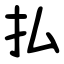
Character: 払